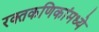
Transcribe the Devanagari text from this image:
रक्तकणिकांमध्ये